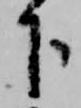
下